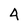
Character: 4